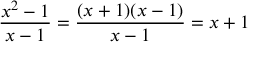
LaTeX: { \frac { x ^ { 2 } - 1 } { x - 1 } } = { \frac { ( x + 1 ) ( x - 1 ) } { x - 1 } } = x + 1